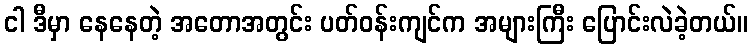
ငါ ဒီမှာ နေနေတဲ့ အတောအတွင်း ပတ်ဝန်းကျင်က အများကြီး ပြောင်းလဲခဲ့တယ်။